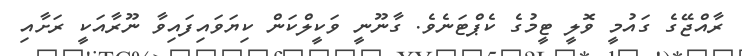
ރާއްޖޭގެ ގައުމީ ވޮލީ ޓީމުގެ ކެޕްޓަނެވެ. ގާނޫނީ ވަކީލްކަން ކިޔަވައިފައިވާ ނޫރާއަކީ ރަށާއި